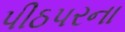
પીઠપરના